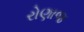
રોણાજ